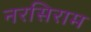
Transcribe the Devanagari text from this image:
नरसिराम